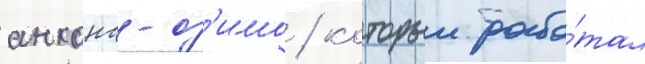
анкона-оз'имо / которыи рабо́тал